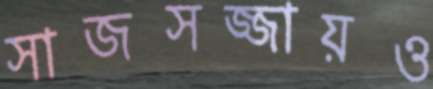
সাজসজ্জায়ও